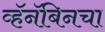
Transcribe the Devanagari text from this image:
व्हॅनॅबिनचा